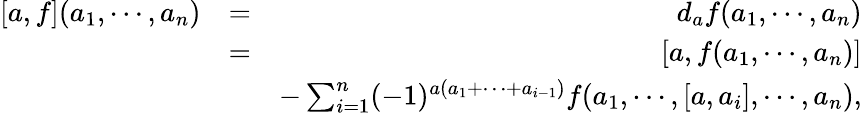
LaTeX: \begin{array}{rlr}{[a,f](a_{1},\cdots,a_{n})}&{=}&{d_{a}f(a_{1},\cdots,a_{n})}\\ &{=}&{[a,f(a_{1},\cdots,a_{n})]}\\ &{}&{-\sum_{i=1}^{n}(-1)^{a(a_{1}+\cdots+a_{i-1})}f(a_{1},\cdots,[a,a_{i}],\cdots,a_{n}),}\end{array}